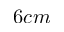
6 c m